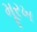
મૂરખ